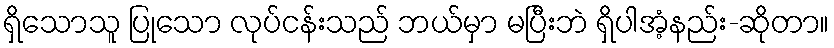
ရှိသောသူ ပြုသော လုပ်ငန်းသည် ဘယ်မှာ မပြီးဘဲ ရှိပါအံ့နည်း-ဆိုတာ။